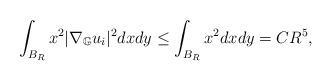
LaTeX: \begin{align*}\int_{B_R} x^2 |\nabla_{\mathbb G} u_i|^2 dx dy \le \int_{B_R} x^2 dxdy = C R^5, \end{align*}